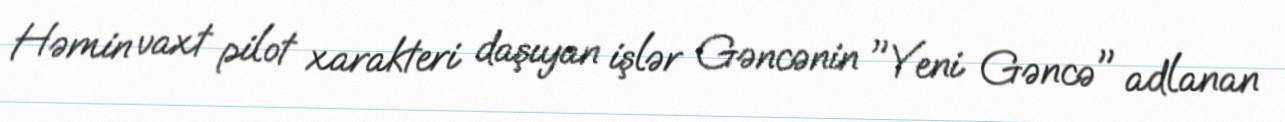
Həmin vaxt pilot xarakteri daşıyan işlər Gəncənin "Yeni Gəncə" adlanan